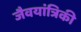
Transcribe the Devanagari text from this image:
जैवयांत्रिकी